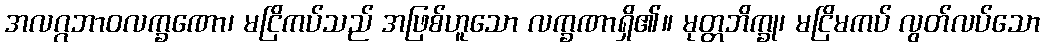
အလဂ္ဂဘာဝလက္ခဏော၊ မငြိကပ်သည် အဖြစ်ဟူသော လက္ခဏာရှိ၏။ မုတ္တဘိက္ခု၊ မငြိမကပ် လွတ်လပ်သော